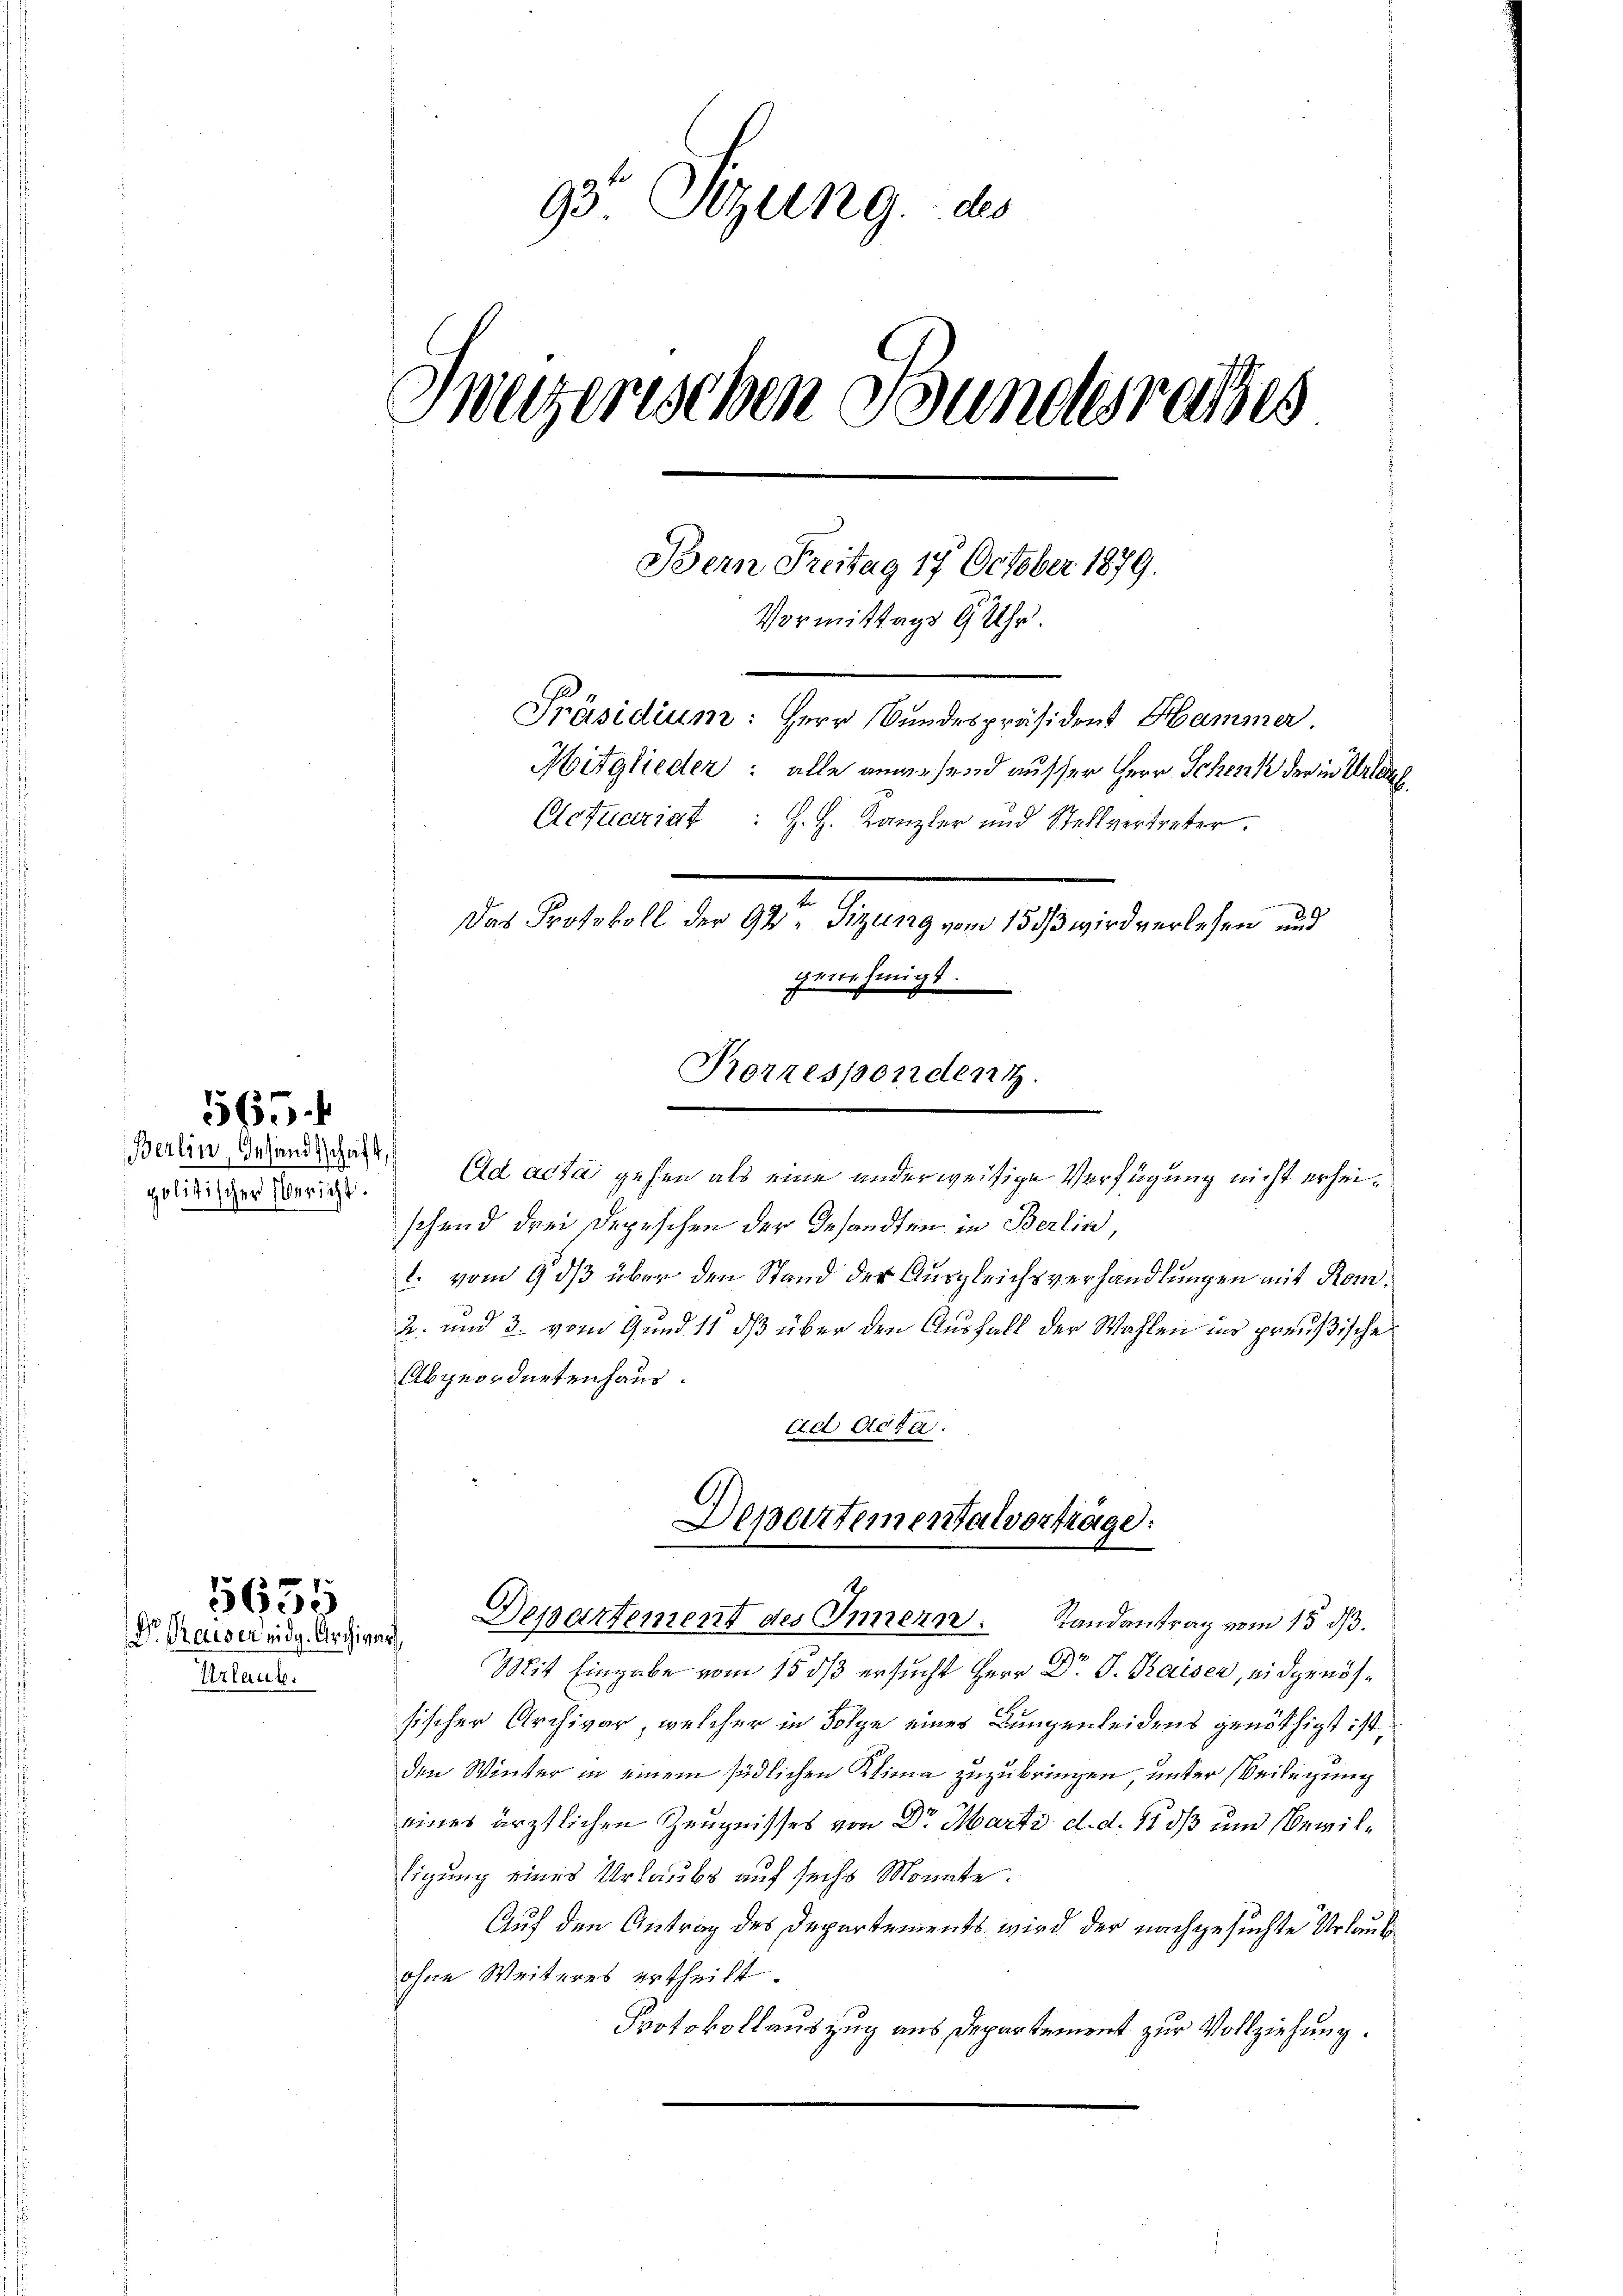
politischer Gericht.

565.
Berlin, Instandschaft, s

Urlaub.

1635
Dr. Kaiser eidg. Archivar,

93 Sizung des
h
Weizerischen Grundesrathes
Bern Freitag 17 October 1879.
Vormittags 9 Uhr.
Präsidium: Herr Bundespräsident Hammer.
Mitglieder: alle anwesend ausser Herr Schenk der in Urlaub
Actuariat : H. H. Kanzler und Stellvertreter.
Das Protokoll der 92. Sitzung vom 15. ds wird verlesen und
genehmigt.
Rorrespondent

schend drei Depeschen der Gesandten in Berlin
. vom 9 dß über den Stand der Ausgleichsverhandlungen mit Rom¬
2. und 3. vom Gund 11 daß über den Ausfall der Wahlen ins preußische
Abgeordnetenhaus.
ad Acta.
Mit Eingabe vom 15. dß ersucht Herr Dr. J. Kaiser, eidgenössischer Archivar, welcher in Folge eines Lungenleidens genöthigt ist
den Winter in einem südlichen Klima zuzubringen unter Beifügung
eines ärztlichen Zeugnisses von Dr Marti d. d. 11 dß und Bewiltigung eines Urlaubs auf sechs Monate.
Auf den Antrag des Departements wird der nachgesuchte Urlaub
ohne Weiteres ertheilt.
Protokollauszug aus Departement zur Vollziehung.
gung

Departementalvorträge:
t
Departement des Innern. Randantrag vom 15. ds.

Ad acta gehen als eine anderweitige Verfügung nicht erhei¬